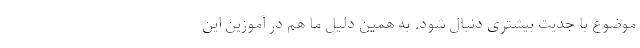
موضوع با جدیت بیشتری دنبال شود. به همین دلیل ما هم در آموزین این